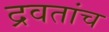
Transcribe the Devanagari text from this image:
द्रवतांच